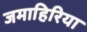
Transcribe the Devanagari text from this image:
जमाहिरिया